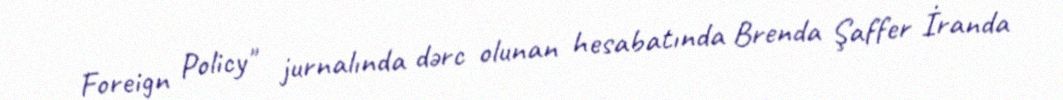
Foreign Policy" jurnalında dərc olunan hesabatında Brenda Şaffer İranda